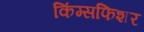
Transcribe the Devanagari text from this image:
किंग्सफिशर